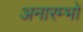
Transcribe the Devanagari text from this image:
अनारम्भो